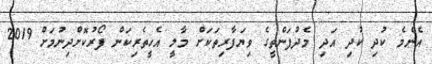
އެންމެ ކުދި ކުދި އަދި މެދުފަންތީގެ ވިޔަފާރިތަކަށް މާލީ އެހީތެރިކަން ފޯރުކޮށްދިނުމަށް 2019